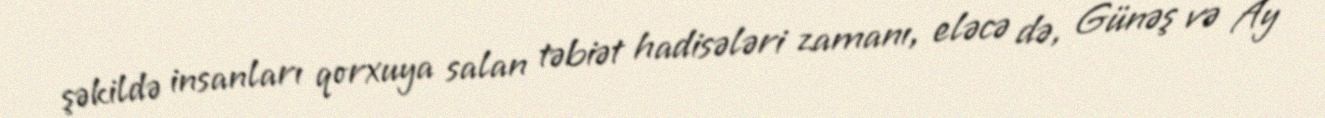
şəkildə insanları qorxuya salan təbiət hadisələri zamanı, eləcə də, Günəş və Ay